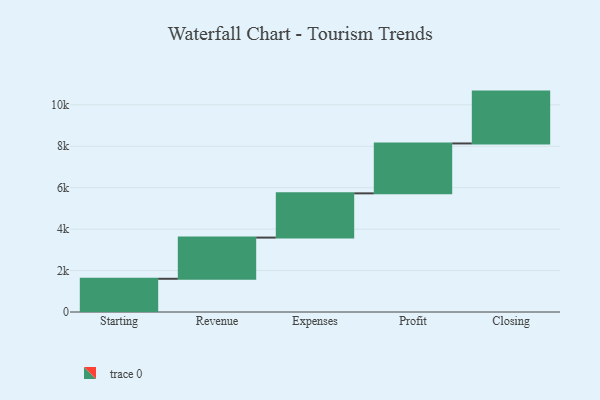
{"axis": {"x": "Step", "y": "Value"}, "legend": [""], "data": [{"x": "Starting", "y": 1604.0, "type": ""}, {"x": "Revenue", "y": 1988.0, "type": ""}, {"x": "Expenses", "y": 2136.0, "type": ""}, {"x": "Profit", "y": 2409.0, "type": ""}, {"x": "Closing", "y": 2503.0, "type": ""}]}